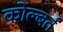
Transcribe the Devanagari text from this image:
कोल्बर्त